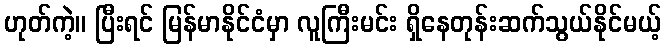
ဟုတ်ကဲ့။ ပြီးရင် မြန်မာနိုင်ငံမှာ လူကြီးမင်း ရှိနေတုန်းဆက်သွယ်နိုင်မယ့်